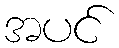
အပင်